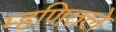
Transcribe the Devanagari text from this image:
म्हणितले